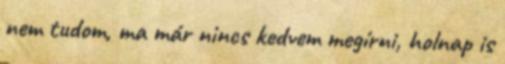
nem tudom, ma már nincs kedvem megírni, holnap is